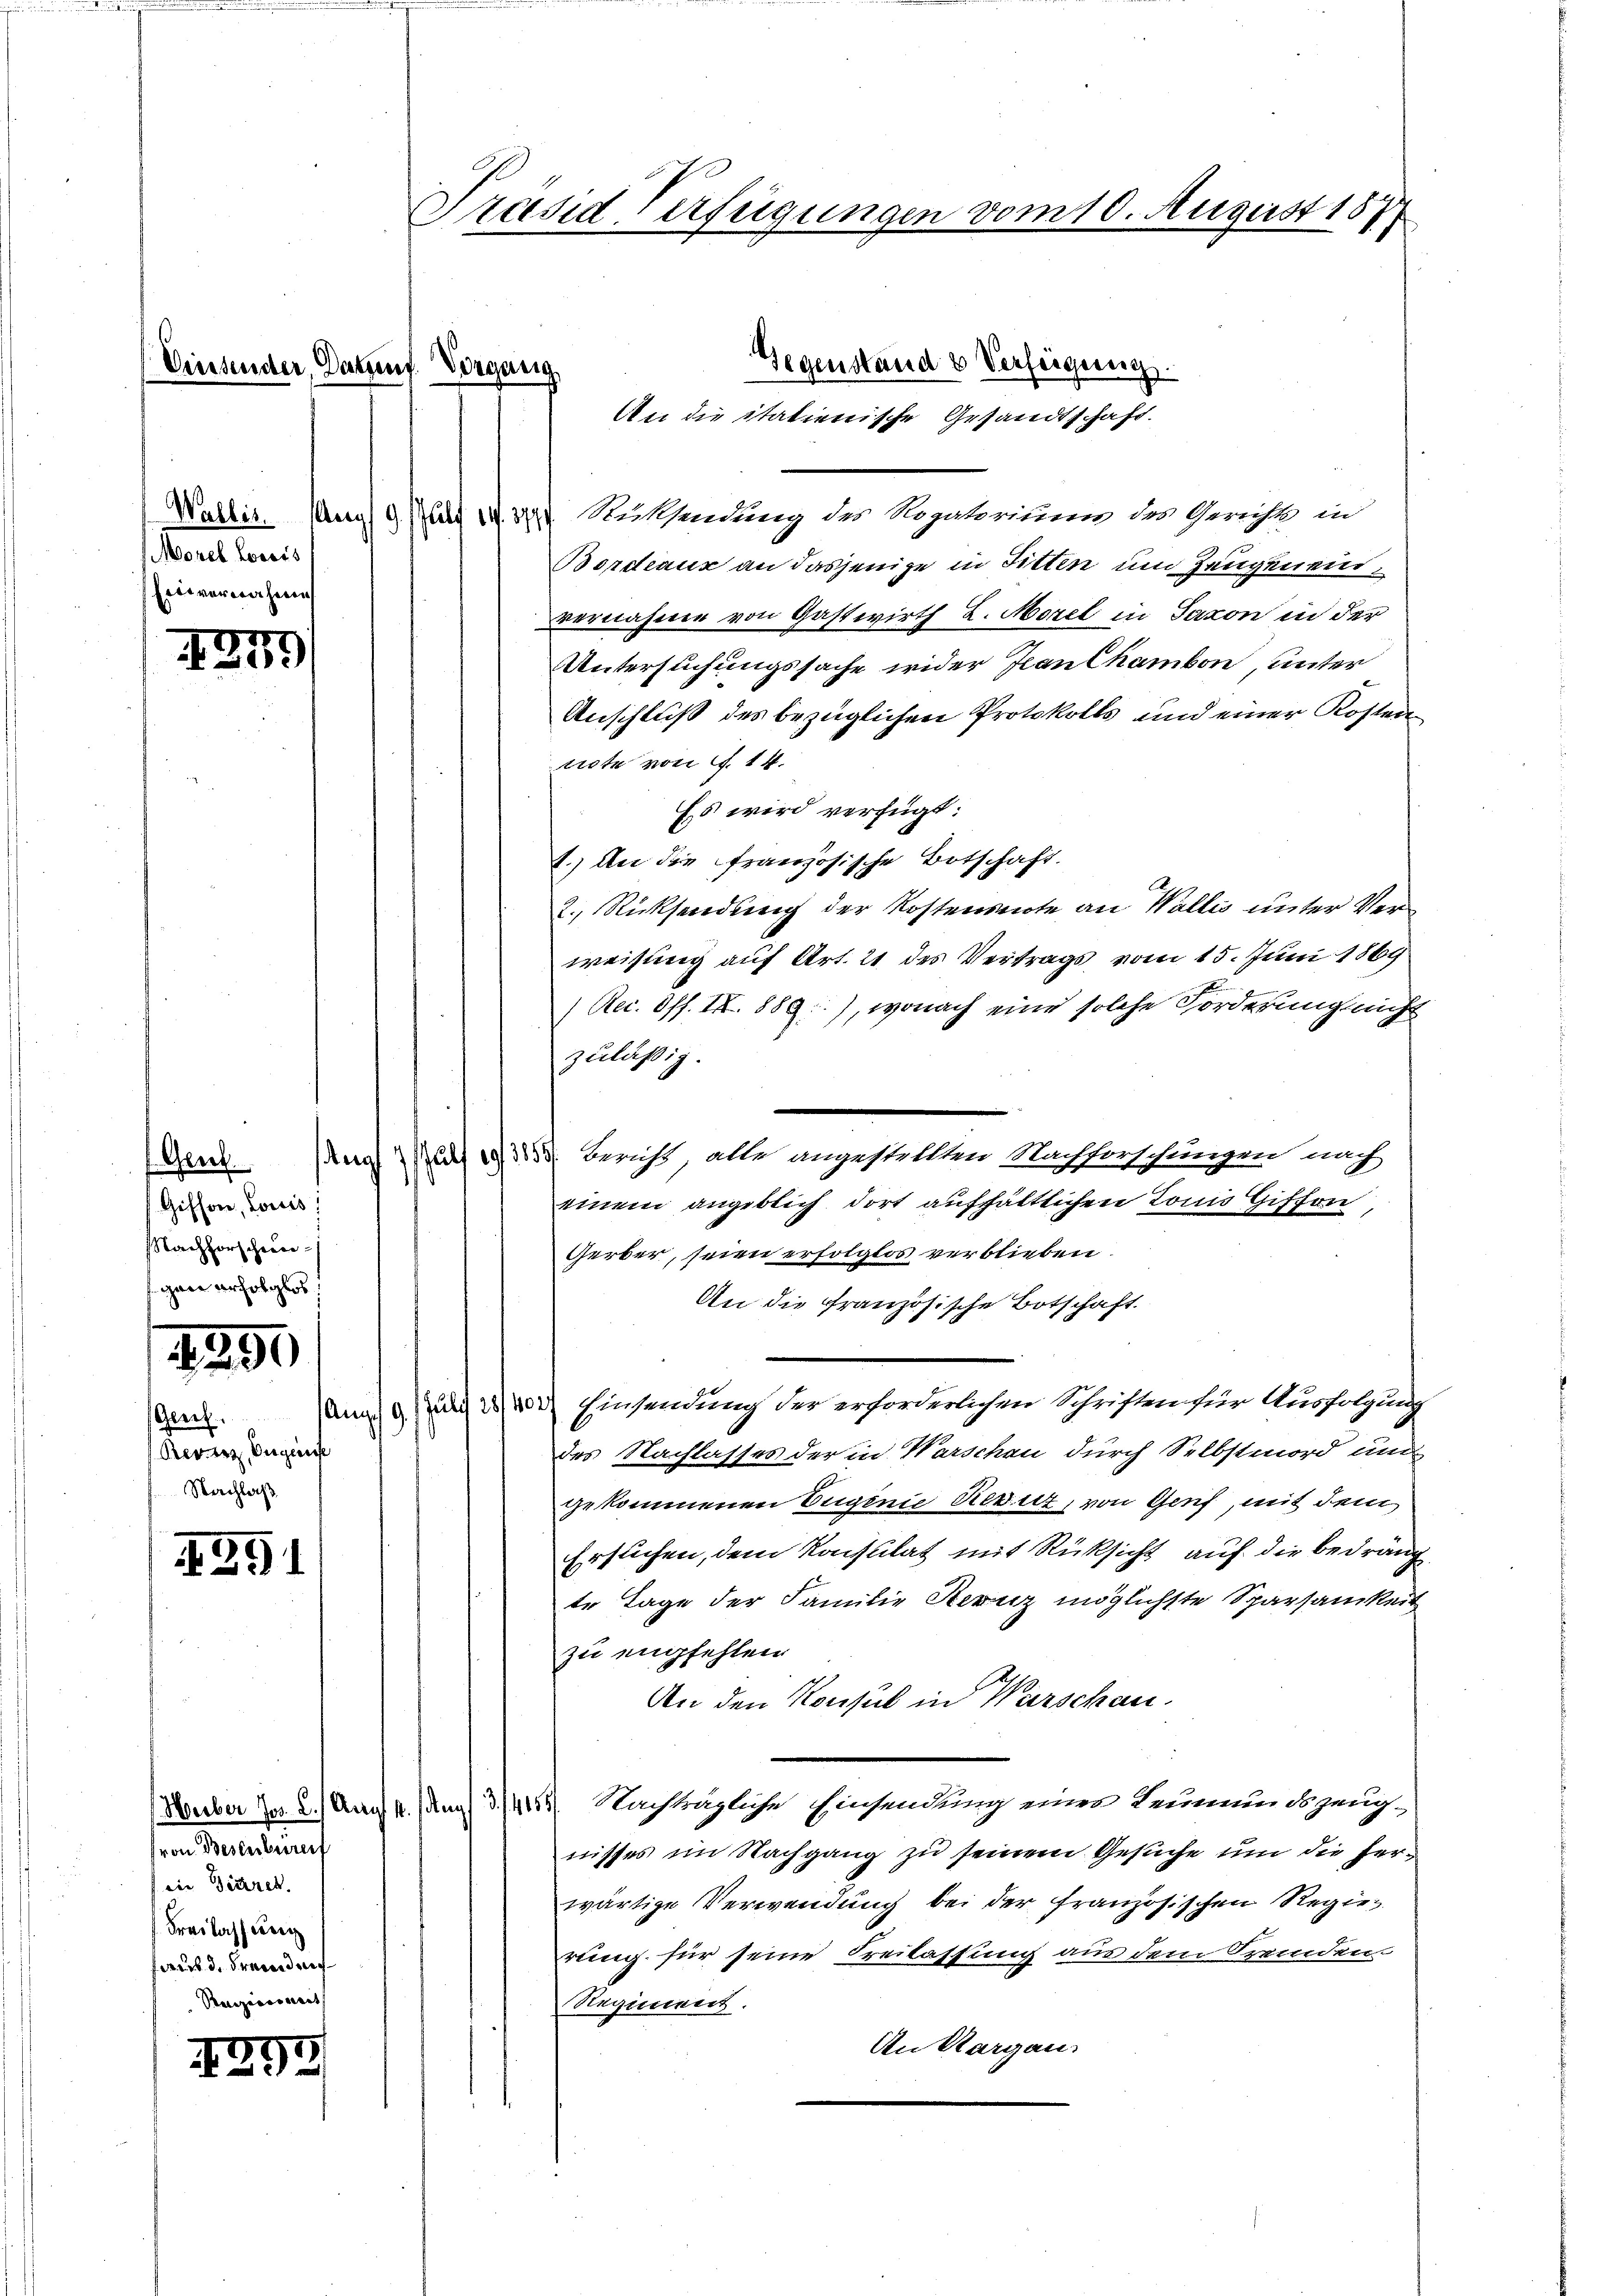
.

1279)

1390

Rerenz begreife
Nachlaß

29

Wallis. Aug
Morel Lowis
Einvernahme

Geut
Giffon, Louis
Nachforschein-
f. an erfolglos,

(von Besenbereif
iie Tieren.
Fraslassung
faub d. Freundeig
Raiziarinait

4295

unter, Datent. Vorgang

Präsid-Verfügungen vom 10. August 1874

Gegenstand & Verfügung.
An die itationische Gesandtschaft.
¬
 de Rücksendung des Rogatoriums des Gerichts in
Bordeaux an dasjenige in Sitten und Zeugen endvernahme von Gastwirth L. Morel in Saxon in der
Untersuchungssache wider Jean Chambon, unter
Anschluß des bezüglichen Protokolls und einer Kostennte von S. 14.
Es wird verfügt:
1.) An die französische Botschaft.
2. Rücksendung der Kostensnote an Wallis unter Verweisung auf Art. 21 des Vertrags vom 15. Juni 1869
Rec. Off. IX. 889), wonach eine solche Forderung nicht
zuläßig.
einem angeblich dort aufhältlichen Louis Giffon,
Gerber, seien erfolglos verblieben.
An die Französische Botschaft.
den. Am 9. u 2.) Einsendung der erforderlichen Schriften für Ausfolgung
des Nachlasses der in Warschen durch Selbstmord und
gekommenen Eugenie Revur, von Genf, mit dem
Ersuchen, dem Konsulat mit Rücksicht auf die Bedräng
te Tage der Familie Herz möglichste Sparsamkeit
zu empfehlen.
An den Konsul in Warschau.
Sember Jos. 2.) Nach 4.) Am 3. 1443. Nachträgliche Einsendung einer Leumundszeug-
nisses im Nachgang zu seinem Gesuche um die herwärtige Verwendung bei der französischen Regier
rung für seine Freilassung aus dem Fremden.
Regiment.
An Aargau.

un    Bericht, alle angestellten Nachforschungen nach